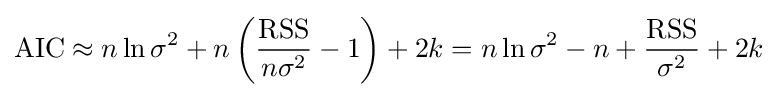
{\mbox{AIC}}\approx n\ln \sigma ^{2}+n\left({\frac {\mbox{RSS}}{n\sigma ^{2}}}-1\right)+2k=n\ln \sigma ^{2}-n+{\frac {\mbox{RSS}}{\sigma ^{2}}}+2k